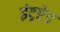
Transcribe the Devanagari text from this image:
इंट्रप्टेड